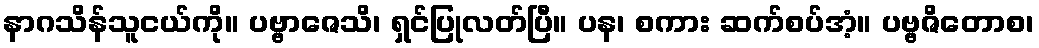
နာဂသိန်သူငယ်ကို။ ပဗ္ဗာဇေသိ၊ ရှင်ပြုလတ်ပြီ။ ပန၊ စကား ဆက်စပ်အံ့။ ပဗ္ဗဇိတောစ၊